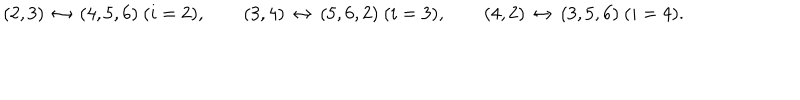
LaTeX: ( 2 , 3 ) \, \leftrightarrow \, ( 4 , 5 , 6 ) \ ( i = 2 ) , \qquad ( 3 , 4 ) \, \leftrightarrow \, ( 5 , 6 , 2 ) \ ( i = 3 ) , \qquad ( 4 , 2 ) \, \leftrightarrow \, ( 3 , 5 , 6 ) \ ( i = 4 ) .